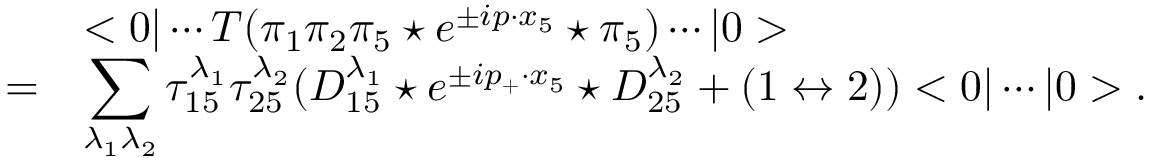
\begin{array} { r l } { { } } & { { < 0 | \cdots T ( \pi _ { 1 } \pi _ { 2 } \pi _ { 5 } \star e ^ { \pm i p \cdot x _ { 5 } } \star \pi _ { 5 } ) \cdots | 0 > } } \\ { { = } } & { { \displaystyle \sum _ { \lambda _ { 1 } \lambda _ { 2 } } \tau _ { 1 5 } ^ { \lambda _ { 1 } } \tau _ { 2 5 } ^ { \lambda _ { 2 } } ( D _ { 1 5 } ^ { \lambda _ { 1 } } \star e ^ { \pm i p _ { + } \cdot x _ { 5 } } \star D _ { 2 5 } ^ { \lambda _ { 2 } } + ( 1 \leftrightarrow 2 ) ) < 0 | \cdots | 0 > . } } \end{array}